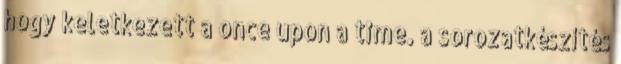
hogy keletkezett a once upon a time. a sorozatkészítés